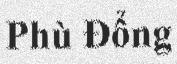
Phù Đổng